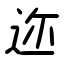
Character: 迩